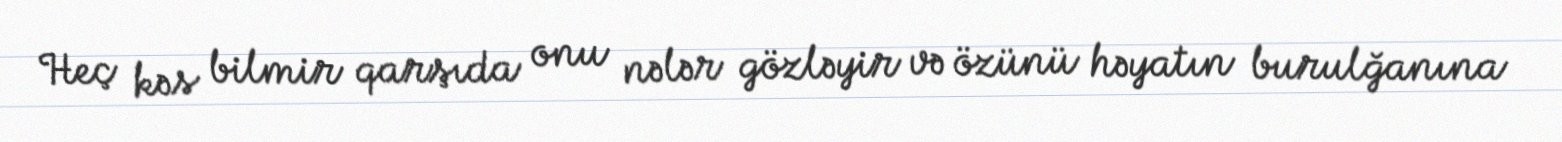
Heç kəs bilmir qarşıda onu nələr gözləyir və özünü həyatın burulğanına